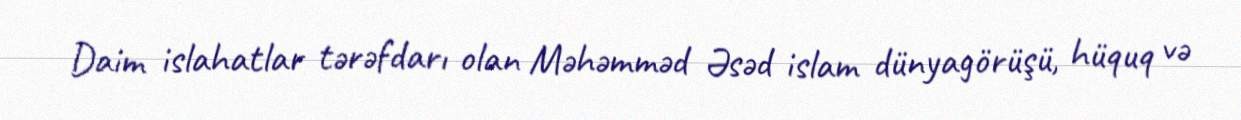
Daim islahatlar tərəfdarı olan Məhəmməd Əsəd islam dünyagörüşü, hüquq və